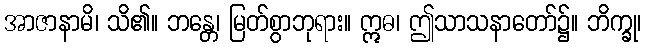
အာဇာနာမိ၊ သိ၏။ ဘန္တေ၊ မြတ်စွာဘုရား။ ဣဓ၊ ဤသာသနာတော်၌။ ဘိက္ခု၊